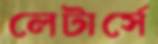
লেটার্সে